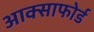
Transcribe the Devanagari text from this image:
आक्साफोर्ड